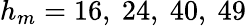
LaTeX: h_{m}=16,\ 24,\ 40,\ 49